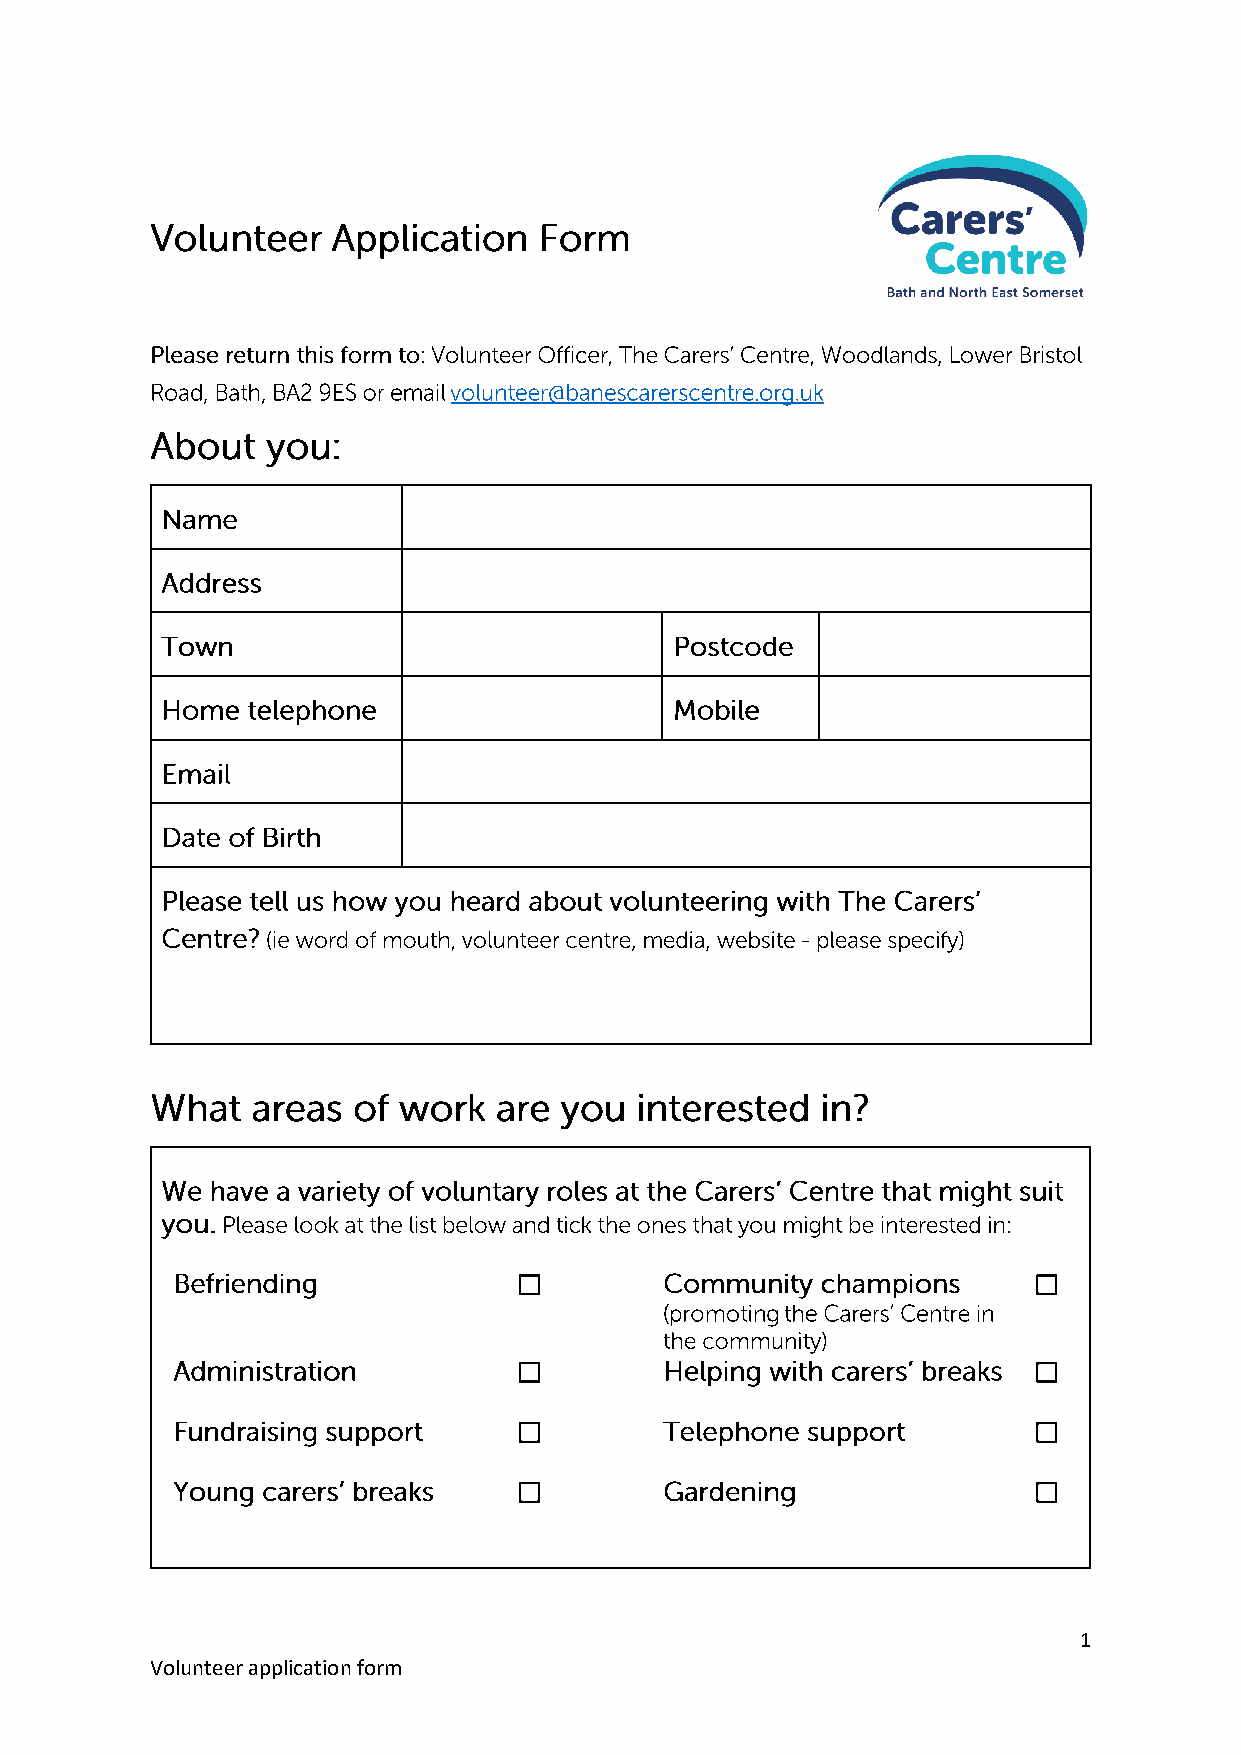
☐                                 ☐
 ☐                                 ☐
 ☐                                 ☐
 ☐                                 ☐
 1
 Volunteer application form